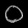
Digit: ၀